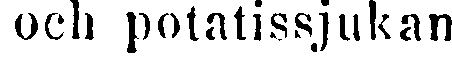
ocd potatissjukan.